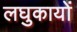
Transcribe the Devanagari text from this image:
लघुकायों